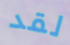
لقد